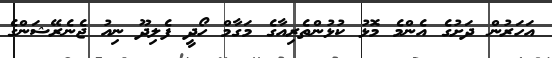
އަހަރުން ދަށުގެ އެންމެ މޮޅު ކުޅުންތެރިއާގެ މަގާމް ހޯދީ ފެލިދޫ ނިއު ޖެނެރޭޝަންގެ